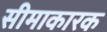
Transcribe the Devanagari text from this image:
सीमाकारक